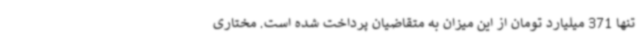
تنها 371 میلیارد تومان از این میزان به متقاضیان پرداخت شده است. مختاری